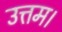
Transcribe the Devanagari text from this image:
उत्तम।